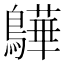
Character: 𫛓